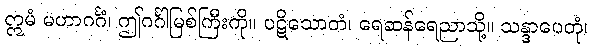
ဣမံ မဟာဂင်္ဂံ၊ ဤဂင်္ဂါမြစ်ကြီးကို။ ပဋိသောတံ၊ ရေဆန်ရေညာသို့။ သန္ဒာပေတုံ၊